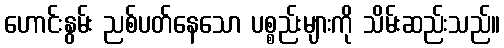
ဟောင်းနွမ်း ညစ်ပတ်နေသော ပစ္စည်းများကို သိမ်းဆည်းသည်။